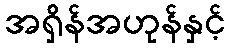
အရှိန်အဟုန်နှင့်